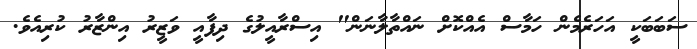
ސަބަބަކީ އަހަރެމެން ހަމާސް އެއްކޮށް ނައްތާލާނަން" އިސްރާއީލުގެ ދިފާއީ ވަޒީރު އިންޒާރު ކުރިއެވެ.